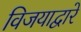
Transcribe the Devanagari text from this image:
विजयाद्वारे